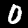
Digit: 0